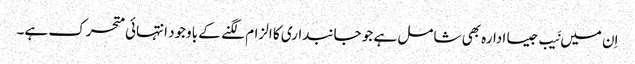
اِن میں نَیب جیسا ادارہ بھی شامل ہے جو جانبداری کا الزام لگنے کے باوجود انتہائی متحرک ہے۔